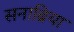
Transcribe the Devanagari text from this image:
सनाब्रिया